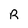
Character: R